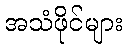
အသံဖိုင်များ